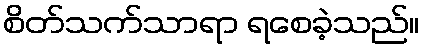
စိတ်သက်သာရာ ရစေခဲ့သည်။